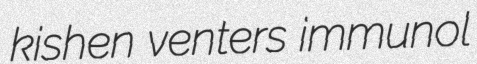
kishen venters immunol